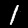
Label: 1